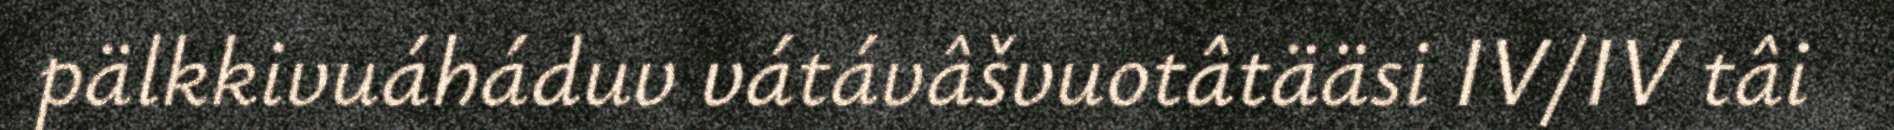
pälkkivuáháduv vátávâšvuotâtääsi IV/IV tâi